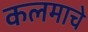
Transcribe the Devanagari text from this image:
कलमाचे